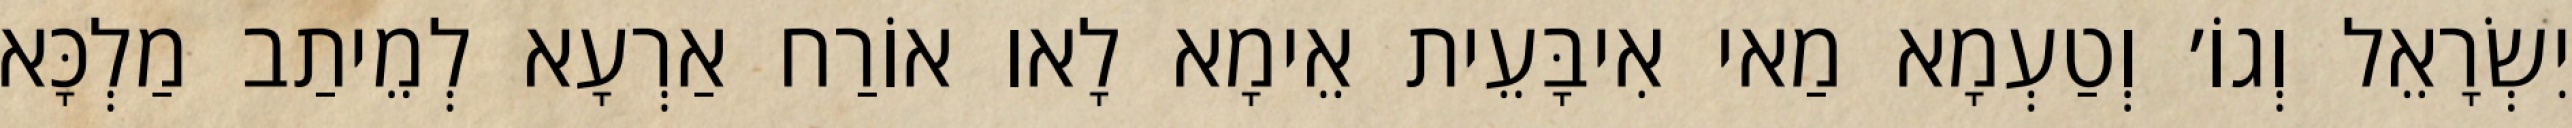
יִשְׂרָאֵל וְגוֹ׳ וְטַעְמָא מַאי אִיבָּעֵית אֵימָא לָאו אוֹרַח אַרְעָא לְמֵיתַב מַלְכָּא